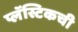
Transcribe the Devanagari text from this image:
प्लॅस्टिकची